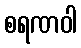
စရဏဝါ